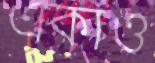
একাও